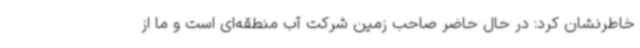
خاطرنشان کرد: در حال حاضر صاحب زمین شرکت آب منطقه‌ای است و ما از